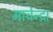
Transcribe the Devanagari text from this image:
माचेन्द्रा